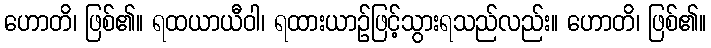
ဟောတိ၊ ဖြစ်၏။ ရထယာယီဝါ၊ ရထားယာဉ်ဖြင့်သွားရသည်လည်း။ ဟောတိ၊ ဖြစ်၏။